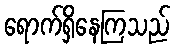
ရောက်ရှိနေကြသည်